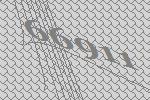
66911